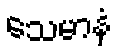
သေမာနံ